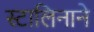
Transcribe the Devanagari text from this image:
स्टालिनाने